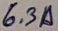
Text: 6.3A